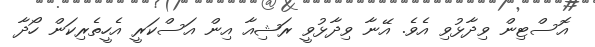
އޮސްޓިން ވިދާޅުވި އެވެ. އޭނާ ވިދާޅުވީ ރަޝިއާ އިން އަސްކަރީ އެހީތެރިކަން ހޯދާ